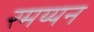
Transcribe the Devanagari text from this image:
रमय्यन